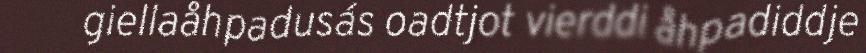
giellaåhpadusás oadtjot vierddi åhpadiddje